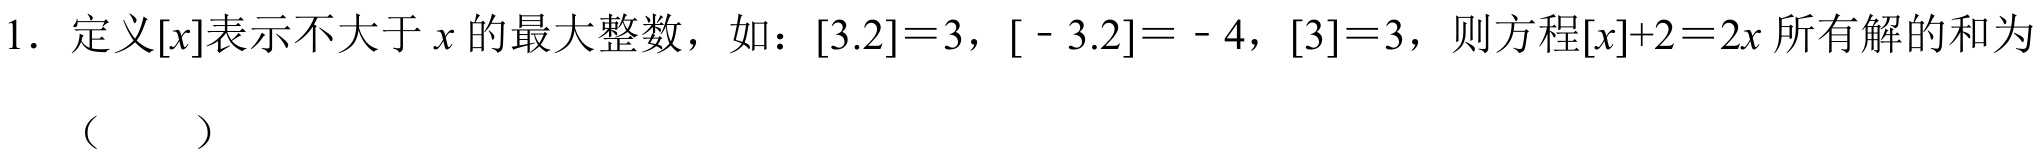
1. 定义\([x]\)表示不大于 \(x\) 的最大整数，如：\([3.2]=3\)，\([ - 3.2]= - 4\)，\([3]=3\)，则方程\([x]+2 = 2x\)所有解的和为（  ）